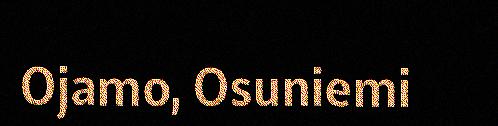
Ojamo, Osuniemi